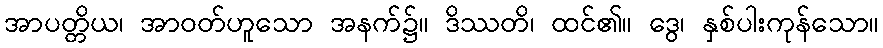
အာပတ္တိယ၊ အာဝတ်ဟူသော အနက်၌။ ဒိဿတိ၊ ထင်၏။ ဒွေ၊ နှစ်ပါးကုန်သော။